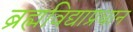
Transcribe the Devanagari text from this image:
ब्रह्मविद्याप्रधान